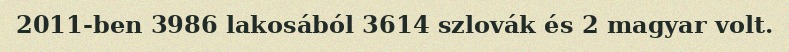
2011-ben 3986 lakosából 3614 szlovák és 2 magyar volt.